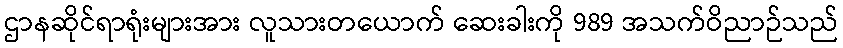
ဌာနဆိုင်ရာရုံးများအား လူသားတယောက် ဆေးခါးကို 989 အသက်ဝိညာဉ်သည်